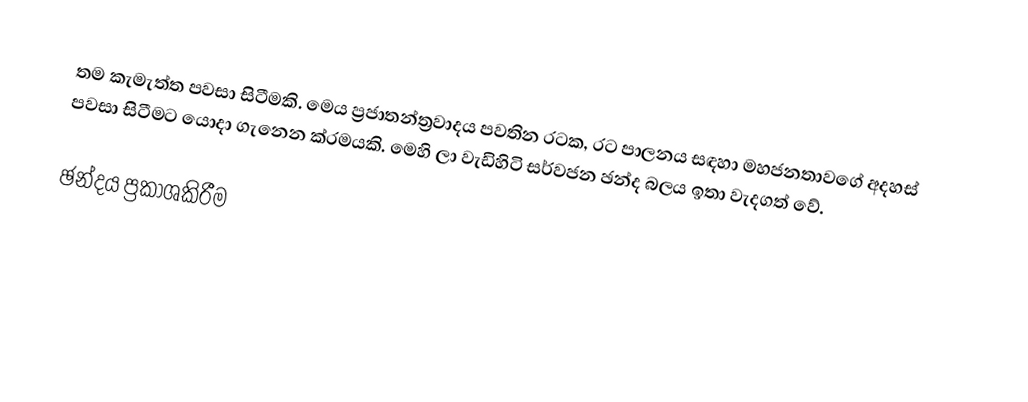
තම කැමැත්ත පවසා සිටීමකි. මෙය ප්‍රජාතන්ත්‍රවාදය පවතින රටක, රට පාලනය සඳහා මහජනතාවගේ අදහස් පවසා සිටීමට යොදා ගැනෙන ක්රමයකි. මෙහි ලා වැඩිහිටි සර්වජන ඡන්ද බලය ඉතා වැදගත් වේ.

ඡන්දය ප්‍රකාශකිරීම